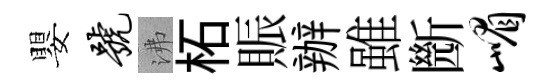
嬰号沸柘賑辦雖㫁嵋